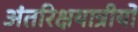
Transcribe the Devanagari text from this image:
अंतरिक्षयात्रीयो